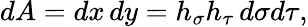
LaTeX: dA=dx\, dy=h_{\sigma}h_{\tau}\, d\sigma d\tau,